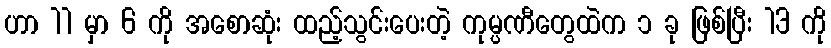
ဟာ 11 မှာ 6 ကို အစောဆုံး ထည့်သွင်းပေးတဲ့ ကုမ္ပဏီတွေထဲက ၁ ခု ဖြစ်ပြီး 13 ကို